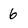
Character: 6